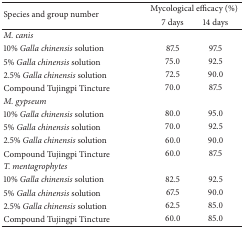
<table><thead><tr><td rowspan="2"><b>Species and group number</b></td><td colspan="2"><b> Mycological efficacy (%)</b></td></tr><tr><td><b>7 days</b></td><td><b>14 days</b></td></tr></thead><tbody><tr><td colspan="3"><i>M. canis</i></td></tr><tr><td>10% <i>Galla chinensis</i> solution</td><td>87.5</td><td>97.5</td></tr><tr><td>5% <i>Galla chinensis</i> solution</td><td>75.0</td><td>92.5</td></tr><tr><td>2.5% <i>Galla chinensis</i> solution</td><td>72.5</td><td>90.0</td></tr><tr><td>Compound Tujingpi Tincture</td><td>70.0</td><td>87.5</td></tr><tr><td colspan="3"><i>M. gypseum</i></td></tr><tr><td>10% <i>Galla chinensis</i> solution</td><td>80.0</td><td>95.0</td></tr><tr><td>5% <i>Galla chinensis</i> solution</td><td>70.0</td><td>92.5</td></tr><tr><td>2.5% <i>Galla chinensis</i> solution</td><td>60.0</td><td>90.0</td></tr><tr><td>Compound Tujingpi Tincture</td><td>60.0</td><td>87.5</td></tr><tr><td colspan="3"><i>T. mentagrophytes</i></td></tr><tr><td>10% <i>Galla chinensis</i> solution</td><td>82.5</td><td>92.5</td></tr><tr><td>5% <i>Galla chinensis</i> solution</td><td>67.5</td><td>90.0</td></tr><tr><td>2.5% <i>Galla chinensis</i> solution</td><td>62.5</td><td>85.0</td></tr><tr><td>Compound Tujingpi Tincture</td><td>60.0</td><td>85.0</td></tr></tbody></table>